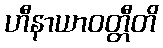
ဟီနာယာဝတ္တီတိ